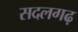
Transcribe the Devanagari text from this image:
सदलगढ़